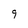
Character: 9